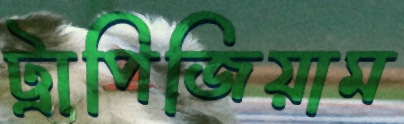
ট্রাপিজিয়াম